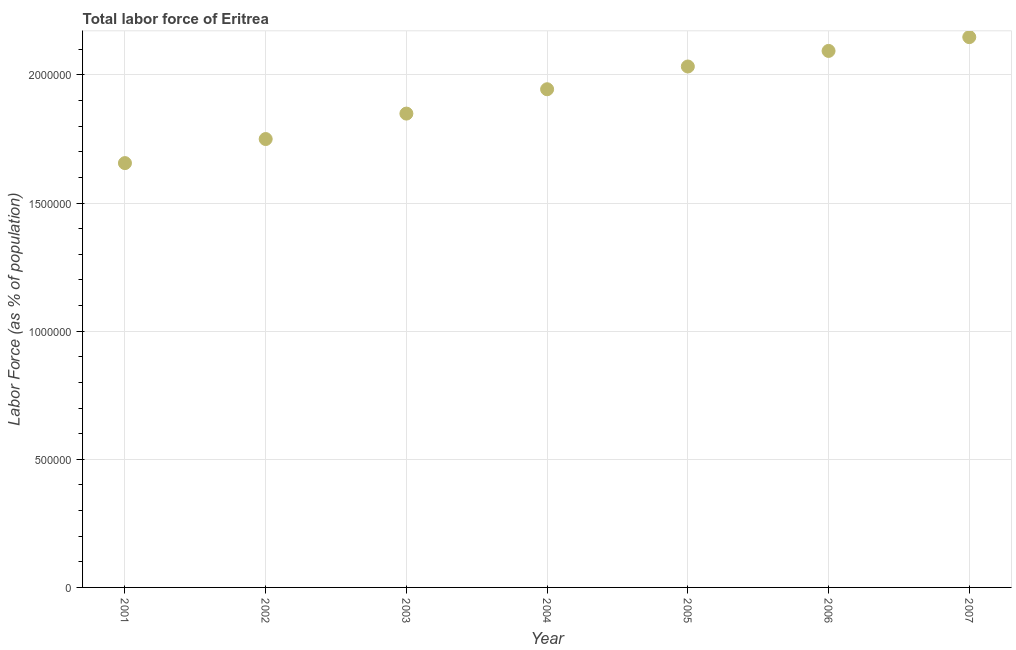
| Year | Labor force |
 | --- | --- |
 | 2001 | 1.66e+06 |
 | 2002 | 1.75e+06 |
 | 2003 | 1.85e+06 |
 | 2004 | 1.94e+06 |
 | 2005 | 2.03e+06 |
 | 2006 | 2.09e+06 |
 | 2007 | 2.15e+06 |